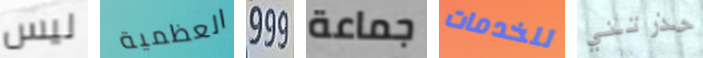
ليس العظمية 999 جماعة للخدمات حذرتني